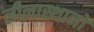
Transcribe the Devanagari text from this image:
लीलास्थानों